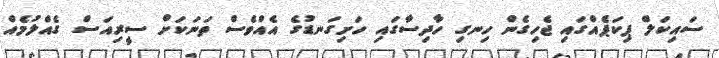
ސައިކަލް ޕިކަޕެއްގައި ޖެހިގެން ހިނގި ހާދިސާގައި ހަށިގަނޑުގެ އެއްވެސް ތަނަކަށް ސީރިއަސް ގެއްލުމެއް